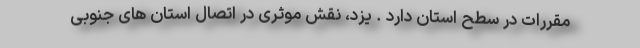
مقررات در سطح استان دارد . یزد، نقش موثری در اتصال استان های جنوبی